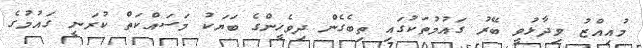
މުއިއްޒު ވިދާޅުވީ ބޭރު ގައުމުތަކުގައި ތިބެގެން ދިވެހީންގެ ބަޔަކު މަސައްކަތް ކުރަނީ ގައުމުގެ